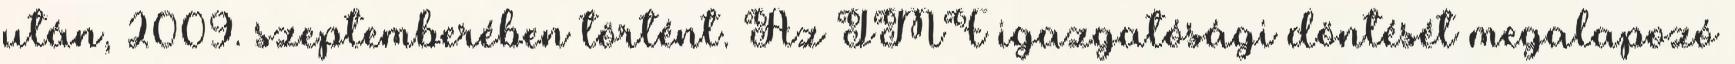
után, 2009. szeptemberében történt. Az IMF igazgatósági döntését megalapozó